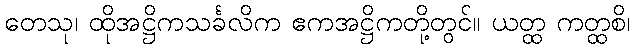
တေသု၊ ထိုအဋ္ဌိကသင်္ခလိက ဧကအဋ္ဌိကတို့တွင်။ ယတ္ထ ကတ္ထစိ၊